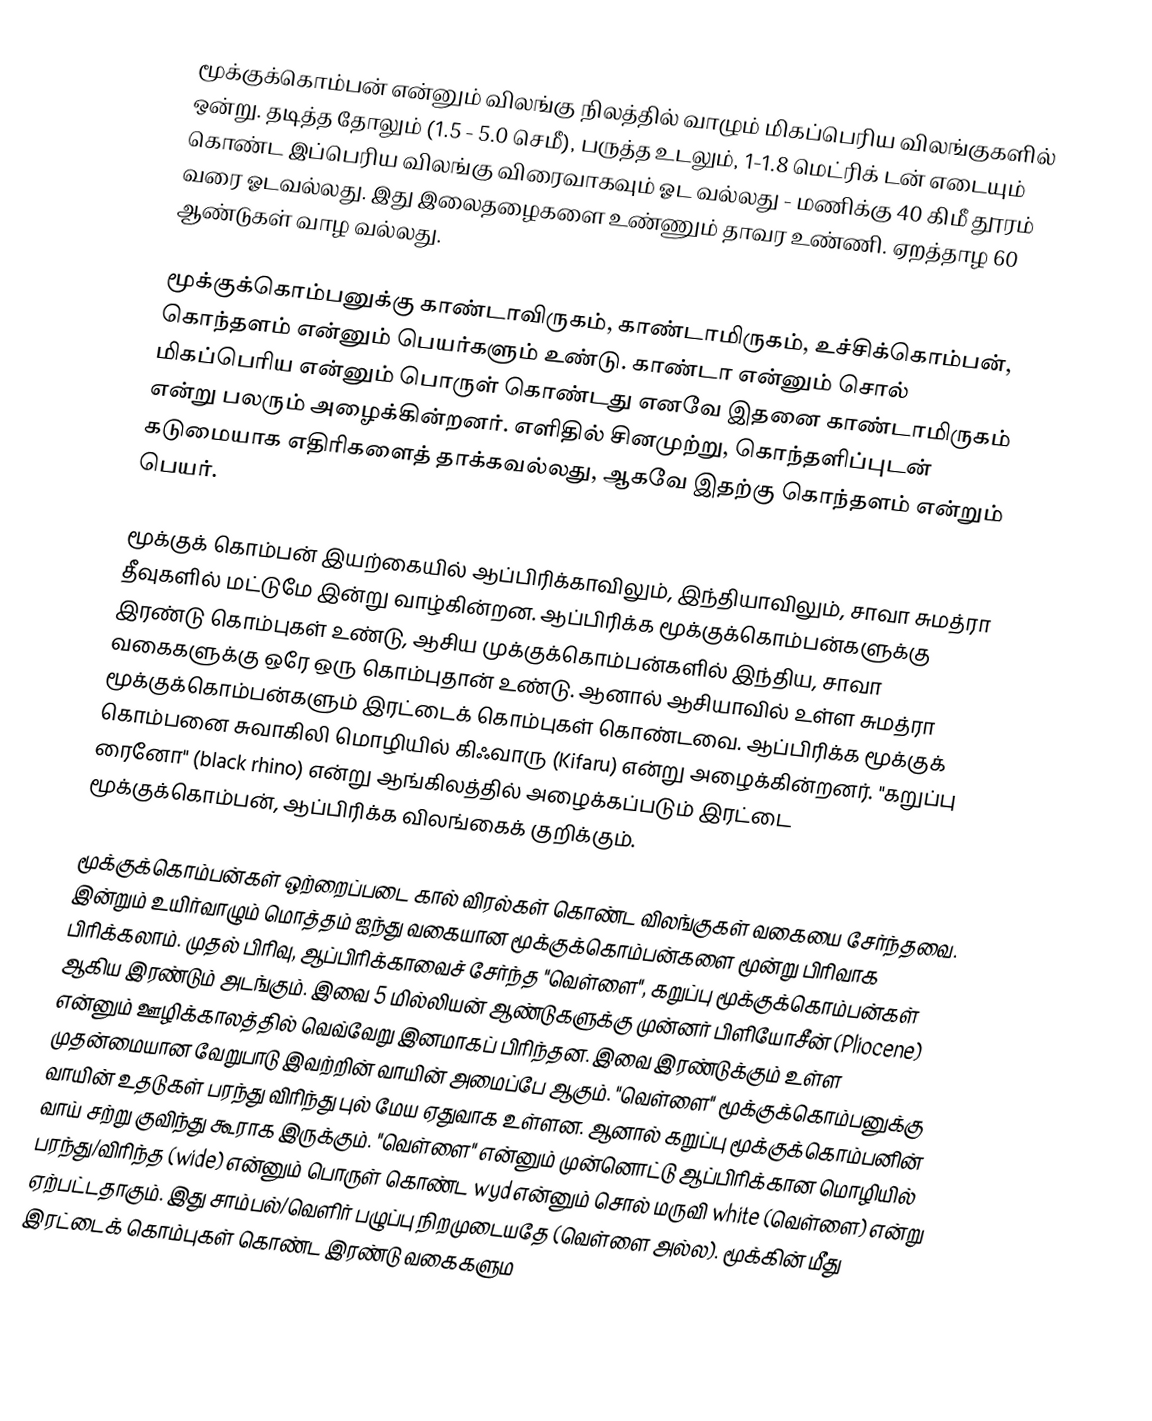
மூக்குக்கொம்பன் என்னும் விலங்கு நிலத்தில் வாழும் மிகப்பெரிய விலங்குகளில் ஒன்று. தடித்த தோலும் (1.5 - 5.0 செமீ), பருத்த உடலும், 1-1.8 மெட்ரிக் டன் எடையும் கொண்ட இப்பெரிய விலங்கு விரைவாகவும் ஓட வல்லது - மணிக்கு 40 கிமீ தூரம் வரை ஓடவல்லது. இது இலைதழைகளை உண்ணும் தாவர உண்ணி. ஏறத்தாழ 60 ஆண்டுகள் வாழ வல்லது.

மூக்குக்கொம்பனுக்கு காண்டாவிருகம்,  காண்டாமிருகம், உச்சிக்கொம்பன், கொந்தளம் என்னும் பெயர்களும் உண்டு. காண்டா என்னும் சொல் மிகப்பெரிய என்னும் பொருள் கொண்டது எனவே இதனை காண்டாமிருகம் என்று பலரும் அழைக்கின்றனர். எளிதில் சினமுற்று, கொந்தளிப்புடன் கடுமையாக எதிரிகளைத் தாக்கவல்லது, ஆகவே இதற்கு கொந்தளம் என்றும் பெயர்.

மூக்குக் கொம்பன் இயற்கையில் ஆப்பிரிக்காவிலும், இந்தியாவிலும், சாவா சுமத்ரா தீவுகளில் மட்டுமே இன்று வாழ்கின்றன. ஆப்பிரிக்க மூக்குக்கொம்பன்களுக்கு இரண்டு கொம்புகள் உண்டு, ஆசிய முக்குக்கொம்பன்களில் இந்திய, சாவா வகைகளுக்கு ஒரே ஒரு கொம்புதான் உண்டு. ஆனால் ஆசியாவில் உள்ள சுமத்ரா மூக்குக்கொம்பன்களும் இரட்டைக் கொம்புகள் கொண்டவை. ஆப்பிரிக்க மூக்குக் கொம்பனை சுவாகிலி மொழியில் கிஃவாரு (Kifaru) என்று அழைக்கின்றனர். "கறுப்பு ரைனோ" (black rhino) என்று ஆங்கிலத்தில் அழைக்கப்படும் இரட்டை மூக்குக்கொம்பன், ஆப்பிரிக்க விலங்கைக் குறிக்கும்.

மூக்குக்கொம்பன்கள் ஒற்றைப்படை கால் விரல்கள் கொண்ட விலங்குகள் வகையை சேர்ந்தவை. இன்றும் உயிர்வாழும் மொத்தம் ஐந்து வகையான மூக்குக்கொம்பன்களை மூன்று பிரிவாக பிரிக்கலாம். முதல் பிரிவு, ஆப்பிரிக்காவைச் சேர்ந்த "வெள்ளை", கறுப்பு மூக்குக்கொம்பன்கள் ஆகிய இரண்டும் அடங்கும். இவை 5 மில்லியன் ஆண்டுகளுக்கு முன்னர் பிளியோசீன் (Pliocene) என்னும் ஊழிக்காலத்தில் வெவ்வேறு இனமாகப் பிரிந்தன. இவை இரண்டுக்கும் உள்ள முதன்மையான வேறுபாடு இவற்றின் வாயின் அமைப்பே ஆகும். "வெள்ளை" மூக்குக்கொம்பனுக்கு வாயின் உதடுகள் பரந்து விரிந்து புல் மேய ஏதுவாக உள்ளன. ஆனால் கறுப்பு மூக்குக்கொம்பனின் வாய் சற்று குவிந்து கூராக இருக்கும். "வெள்ளை" என்னும் முன்னொட்டு ஆப்பிரிக்கான மொழியில் பரந்து/விரிந்த (wide) என்னும் பொருள் கொண்ட wyd என்னும் சொல் மருவி white (வெள்ளை) என்று ஏற்பட்டதாகும். இது சாம்பல்/வெளிர் பழுப்பு நிறமுடையதே (வெள்ளை அல்ல). மூக்கின் மீது இரட்டைக் கொம்புகள் கொண்ட இரண்டு வகைகளும